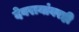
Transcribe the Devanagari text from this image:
देवरायांवरही